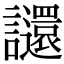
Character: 𧮅